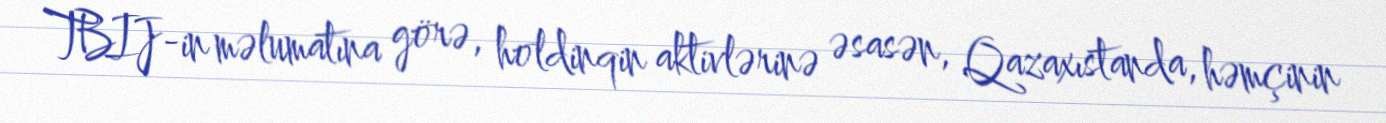
TBIJ-in məlumatına görə, holdinqin aktivlərinə əsasən, Qazaxıstanda, həmçinin